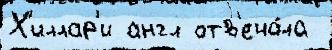
Х'иллар'и англ отв'еча́ла